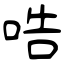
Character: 哠